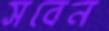
সবেন